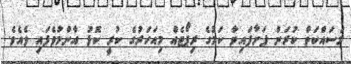
މަސައްކަތް ކުރަން ފަށާފައިވާ ކަމުގެ ރިޕޯޓެއް މިއަހަރުގެ ކުރީ ކޮޅު އާންމުވެފައި ވެއެވެ.